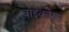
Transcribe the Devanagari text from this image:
वाइकोम